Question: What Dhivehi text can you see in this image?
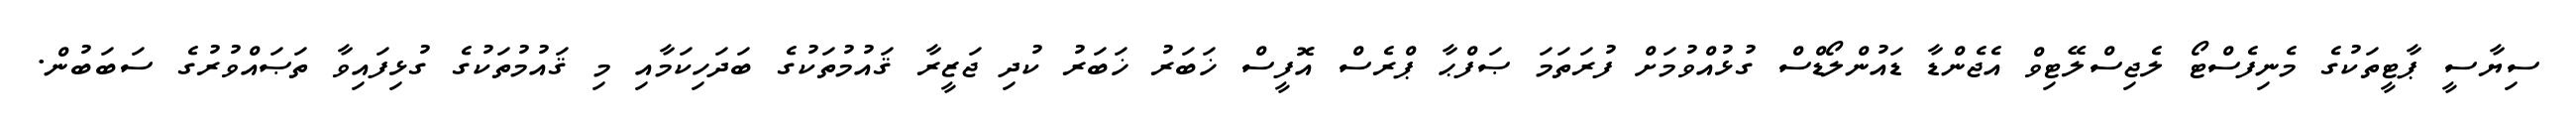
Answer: ސިޔާސީ ޕާޓީތަކުގެ މެނިފެސްޓޯ ލެޖިސްލޭޓިވް އެޖެންޑާ ޑައުންލޯޑްސް ގުޅުއްވުމަށް ފުރަތަމަ ޞަފްޙާ ޕްރެސް އޮފީސް ޚަބަރު ޚަބަރު ކުދި ޖަޒީރާ ޤައުމުތަކުގެ ބަދަހިކަމާއި މި ޤައުމުތަކުގެ ގުޅިފައިވާ ތަޞައްވުރުގެ ސަބަބުން.